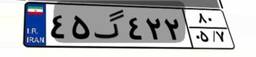
۴۵گ۴۲۲۸۰